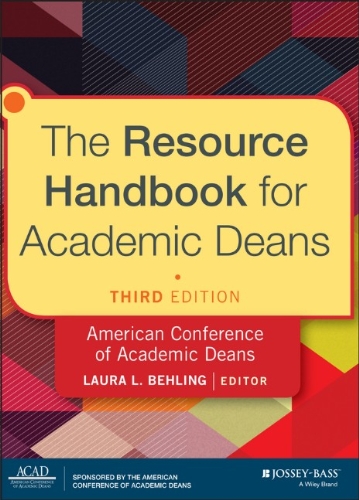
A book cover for The Resource Handbook for Academic Deans; Laura L. Behling; Education & Teaching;